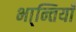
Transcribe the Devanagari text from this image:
भा्न्तियाँ